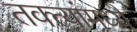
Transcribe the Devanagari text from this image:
तक्त्यांमध्ये